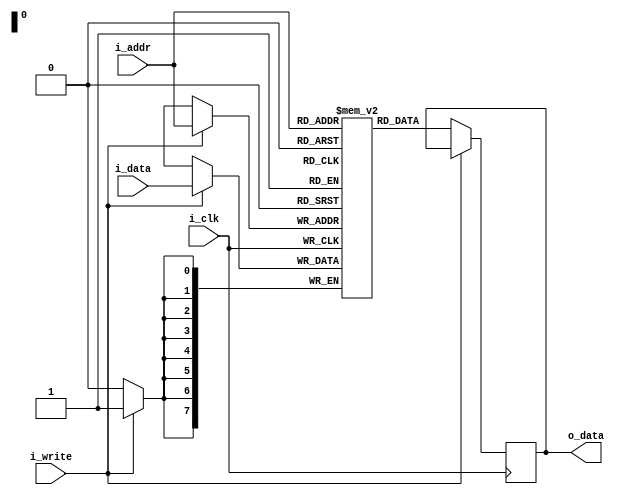
//======================================================================
//
// bram.v
// ------
// Block RAM.
//
//
//
//
// Copyright 2019 Netnod Internet Exchange i Sverige AB
//
// Redistribution and use in source and binary forms, with or without
// modification, are permitted provided that the following conditions
// are met:
//
// 1. Redistributions of source code must retain the above copyright
//    notice, this list of conditions and the following disclaimer.
//
// 2. Redistributions in binary form must reproduce the above copyright
//    notice, this list of conditions and the following disclaimer in
//    the documentation and/or other materials provided with the
//    distribution.
//
// 3. Neither the name of the copyright holder nor the names of its
//    contributors may be used to endorse or promote products derived
//    from this software without specific prior written permission.
//
// THIS SOFTWARE IS PROVIDED BY THE COPYRIGHT HOLDERS AND CONTRIBUTORS
// "AS IS" AND ANY EXPRESS OR IMPLIED WARRANTIES, INCLUDING, BUT NOT
// LIMITED TO, THE IMPLIED WARRANTIES OF MERCHANTABILITY AND FITNESS
// FOR A PARTICULAR PURPOSE ARE DISCLAIMED. IN NO EVENT SHALL THE
// COPYRIGHT HOLDER OR CONTRIBUTORS BE LIABLE FOR ANY DIRECT, INDIRECT,
// INCIDENTAL, SPECIAL, EXEMPLARY, OR CONSEQUENTIAL DAMAGES (INCLUDING,
// BUT NOT LIMITED TO, PROCUREMENT OF SUBSTITUTE GOODS OR SERVICES;
// LOSS OF USE, DATA, OR PROFITS; OR BUSINESS INTERRUPTION) HOWEVER
// CAUSED AND ON ANY THEORY OF LIABILITY, WHETHER IN CONTRACT, STRICT
// LIABILITY, OR TORT (INCLUDING NEGLIGENCE OR OTHERWISE) ARISING IN
// ANY WAY OUT OF THE USE OF THIS SOFTWARE, EVEN IF ADVISED OF THE
// POSSIBILITY OF SUCH DAMAGE.
//
//======================================================================

module bram #(
    //Parameters
    parameter ADDR_WIDTH = 8,
    parameter DATA_WIDTH = 8
  ) (
    input wire i_clk,
    input wire [ADDR_WIDTH-1:0] i_addr,
    input wire i_write,
    input wire [DATA_WIDTH-1:0] i_data,
    output reg [DATA_WIDTH-1:0] o_data
  );

  //Parameterized constant
  localparam DEPTH = 2**ADDR_WIDTH;

  //BRAM array
  reg [DATA_WIDTH-1:0] mem [0:DEPTH-1];

  always @ (posedge i_clk)
  begin
    if (i_write) begin
      mem[i_addr] <= i_data;
      //$display("mem[%h] <= %h", i_addr, i_data);
    end
    else begin
      o_data <= mem[i_addr];
    end
  end
endmodule